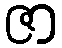
ဇာ